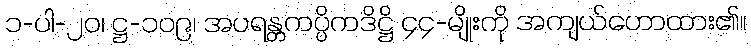
၁-ပါ-၂၀၊ ဋ္ဌ-၁၀၉၊ အပရန္တကပ္ပိကဒိဋ္ဌိ ၄၄-မျိုးကို အကျယ်ဟောထား၏။